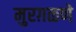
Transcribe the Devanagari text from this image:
मुरग़ळणे